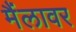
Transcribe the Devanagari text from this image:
मैंलावर